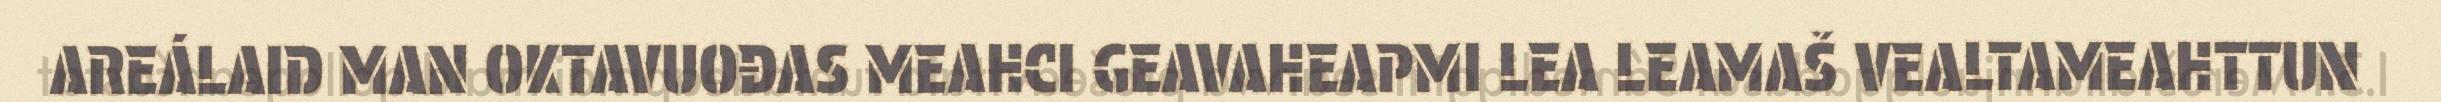
AREÁLAID MAN OKTAVUOĐAS MEAHCI GEAVAHEAPMI LEA LEAMAŠ VEALTAMEAHTTUN